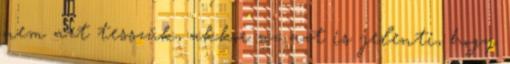
nem azt tesszük, akkor az azt is jelenti, hogy